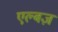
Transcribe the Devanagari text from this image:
एल्बज़